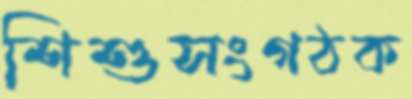
শিশুসংগঠক